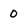
Character: 0